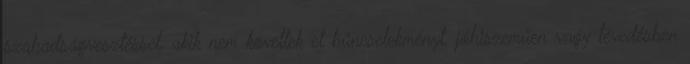
szabadságvesztéssel, akik nem követtek el bűncselekményt, jóhiszeműen vagy tévedésben